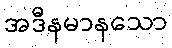
အဒီနမာနသော